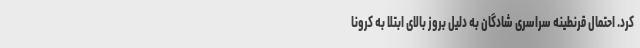
کرد. احتمال قرنطینه سراسری شادگان به دلیل بروز بالای ابتلا به کرونا